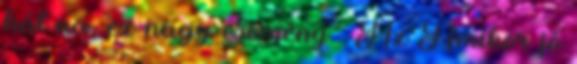
hát na, ez nagy esemény : Az Amikor jó